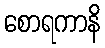
စောရကာနိ